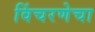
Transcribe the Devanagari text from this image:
विंचरणेचा